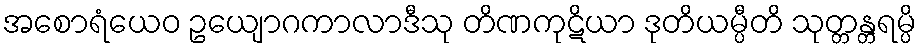
အစောရံယေဝ ဥယျောဂကာလာဒီသု တိဏကုဋိယာ ဒုတိယမ္ပီတိ သုတ္တန္တရမ္ပိ